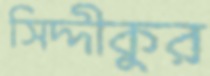
সিদ্দীকুর